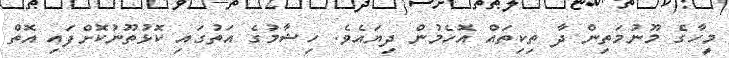
މީހާގެ މޫނުމަތިން ދާ ތިކިތައް އޮހެމުން ދިޔައެވެ. ހިޝާމުގެ އަތުގައި ކޮޅުތޫނުކޮށްފައި އޮތް